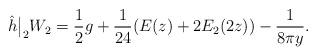
LaTeX: \begin{align*}\hat{h} \big|_2 W_2 = \frac 12 g + \frac{1}{24}(E(z) + 2E_2(2z)) - \frac{1}{8\pi y}.\end{align*}